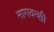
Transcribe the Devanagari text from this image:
नागवन्शी